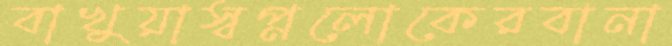
বাখুয়াস্বপ্নলোকেরবানা